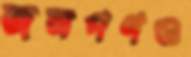
জনগণও